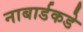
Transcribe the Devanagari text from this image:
नाबार्डकडे